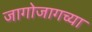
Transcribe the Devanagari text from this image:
जागोजागच्या